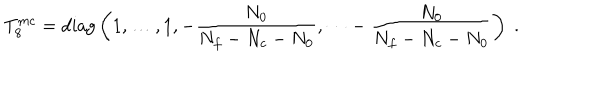
LaTeX: T _ { 8 } ^ { m c } = \mathrm { d i a g } \left( 1 , \dots , 1 , - \frac { N _ { 0 } } { N _ { f } - N _ { c } - N _ { 0 } } , \dots - \frac { N _ { 0 } } { N _ { f } - N _ { c } - N _ { 0 } } \right) \; .